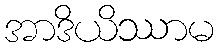
အာဒိယိဿာမ